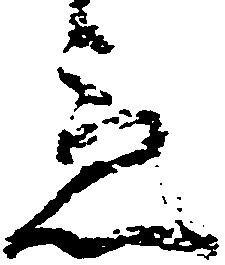
意